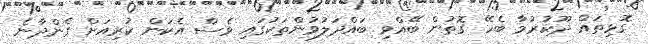
ގޮޅިތައް ދޫކުރުމާ ބެހޭ ގޮތުން ބޭއްވި ބައްދަލުވުންތަކުގައި ވެސް އެކަން ކުރިއަށް ގެންދާނެ